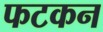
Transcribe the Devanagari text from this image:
फटकन